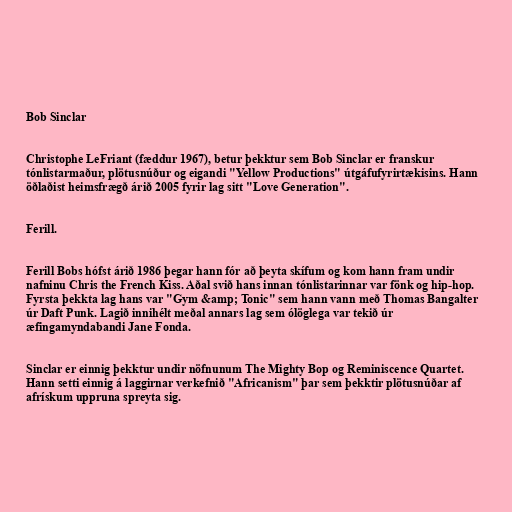
Bob Sinclar

Christophe LeFriant (fæddur 1967), betur þekktur sem Bob Sinclar er franskur
tónlistarmaður, plötusnúður og eigandi "Yellow Productions" útgáfufyrirtækisins. Hann
öðlaðist heimsfrægð árið 2005 fyrir lag sitt "Love Generation".

Ferill.

Ferill Bobs hófst árið 1986 þegar hann fór að þeyta skífum og kom hann fram undir
nafninu Chris the French Kiss. Aðal svið hans innan tónlistarinnar var fönk og hip-hop.
Fyrsta þekkta lag hans var "Gym &amp; Tonic" sem hann vann með Thomas Bangalter
úr Daft Punk. Lagið innihélt meðal annars lag sem ólöglega var tekið úr
æfingamyndabandi Jane Fonda.

Sinclar er einnig þekktur undir nöfnunum The Mighty Bop og Reminiscence Quartet.
Hann setti einnig á laggirnar verkefnið "Africanism" þar sem þekktir plötusnúðar af
afrískum uppruna spreyta sig.